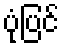
ပုံပြင်